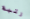
رتبة